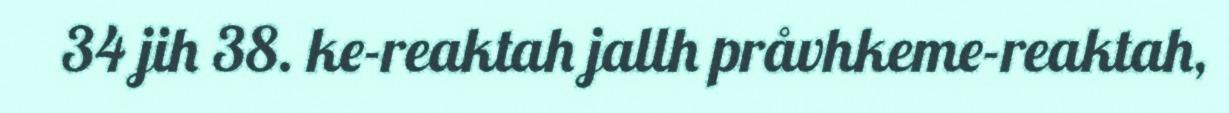
34 jih 38. ke-reaktah jallh pråvhkeme-reaktah,